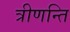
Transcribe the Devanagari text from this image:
त्रीणन्ति